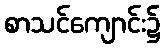
စာသင်ကျောင်း၌